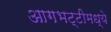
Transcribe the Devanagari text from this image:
आगभट्टीमध्ये